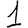
Digit: 1